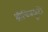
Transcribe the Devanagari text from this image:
श्रीचित्रकूटो